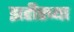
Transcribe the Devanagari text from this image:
झहीरच्या